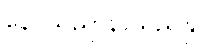
နေဝသညာနာသညန္တိ